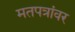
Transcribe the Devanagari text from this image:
मतपत्रांवर